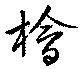
檜